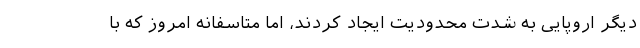
دیگر اروپایی به شدت محدودیت ایجاد کردند، اما متاسفانه امروز که با